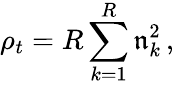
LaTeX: \rho_{t}=R\sum_{k=1}^{R}\mathfrak{n}_{k}^{2}\, ,